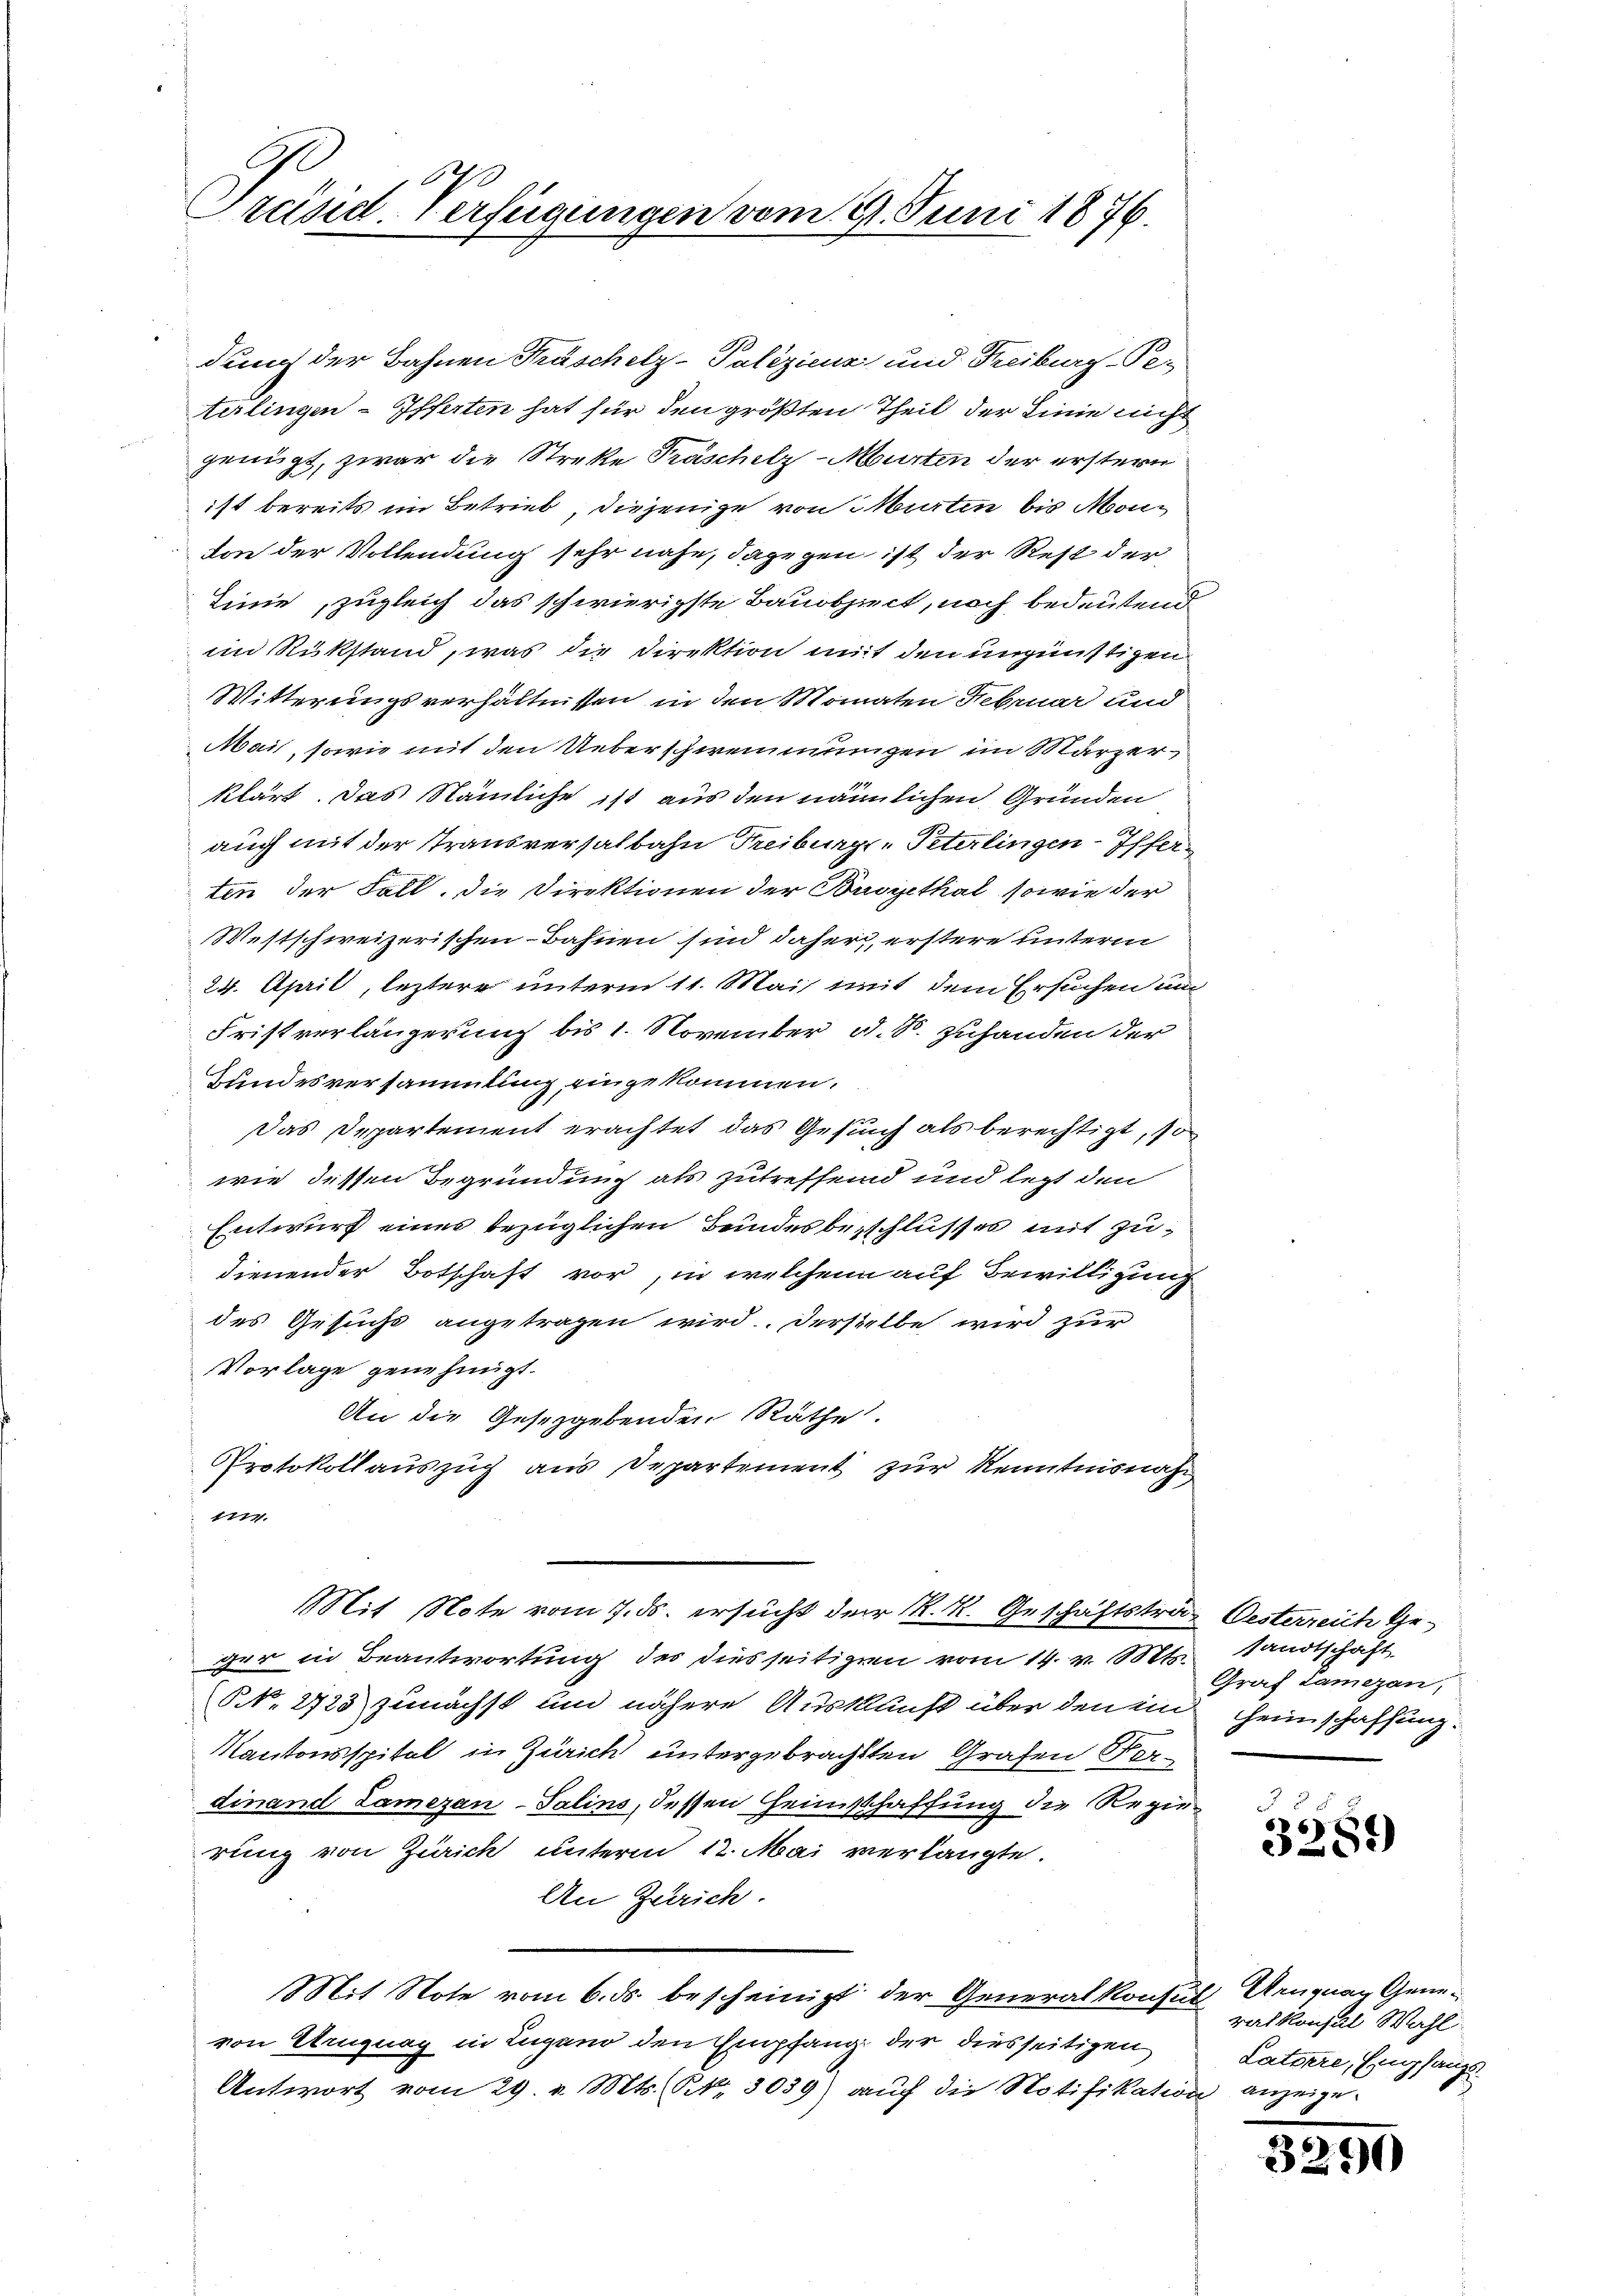
Ge
Preisid-Verfügungen vom 21. Juni 1876.

dung der Bahnen Fraschelz-Palizienz und Freiburg-Pe-
telingen-Ifferten hat für den größten Theil der Linie nicht
genügt, zwar die Streke Präschelz-Murten der erstern
ist bereits im Betrieb, diejenige von Murten bis Monton der Vollendung sehr nahe, dagegen ist der Rest der
Linie, zugleich das schwierigste Bauobject, nach bedeutend
im Rükstand, was die Direktion mit den ungünstigen
Witterungsverhältnissen in den Monaten Februar und
Mai, sowie mit den Ueberschwemmungen im Märzerklärt. Das Nämliche ist aus den nämmlichen Gründen
r
auch mit der Trausversalbahn Treiburgs-Peterlingen-Ifferten der Fall. Die Direktionen der Budgethal, sowie der
Westschweizerischen Bahnen sind daher, erstere unterm
24. April, leztere unterm 11. Mai mit dem Ersuchen und
Fristverlängerung bis 1. November d. S. zuhanden der
Bundesversammlung, eingekommen.
Das Departement erachtet das Gesuch als berechtigt, so
wie dessen Begründung als zutreffend und lezt den
Entwurf eines bezüglichen Beindesbeschlußes mit zudienender Botschaft vor, in welchen auf Bewilligung
des Gesuche angetragen wird. Derselbe wird zur
Vorlage genehmigt.
An die Gesetzgebenden Räthe.
Protokollauszug aus Departement zur Kenntnisnahm
1774.
Mit Note vom 7. ds. ersucht der K. K. Geschäftstrag Oesterreich Geger in Beantwortung des diesseitigen vom 14. v. Mts. sandtschaft
ONNo. 2725 zunächst und nähere Auskunft über den im Heimschaffung.
Kantonsspital in Zürich untergebrachten Grafen Verdinand Lamezan-Salins, dessen Heimsschaffung die Regierung von Zürich unterm 12. Mai verlangte.
An Zürich.
Mit Note vom 6. ds. bescheinigt der Generalkonsul Uruguag Genevon Uruguay in Lugano den Empfang der diesseitigen
Antwort vom 29. v. Mts. S. 3039) auch die Notifikation anzeige

Graf Lamezan,

567
3289)

ralkonsul Wahl.
Latiere, Empfangs

3290